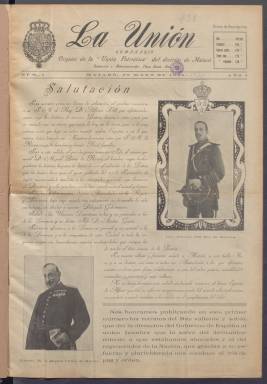
Título: La Unión (Mataró)
Colección: Periódicos
Ámbito geográfico: Barcelona
Lugar de publicación: Mataró
Fechas: 29/05/1926-11/01/1930